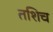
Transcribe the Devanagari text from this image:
तशिच